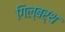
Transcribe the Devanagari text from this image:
गिल्बर्थ